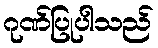
ဂုဏ်ပြုပါသည်